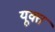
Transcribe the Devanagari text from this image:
यूक्त